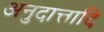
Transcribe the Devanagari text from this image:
अनुदात्तादि